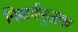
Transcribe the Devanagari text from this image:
निसर्गपुजक